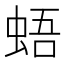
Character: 𧋋